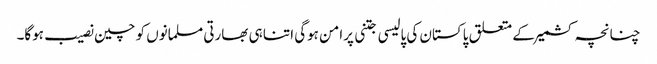
چنانچہ کشمیرکے متعلق پاکستان کی پالیسی جتنی پرامن ہوگی اتنا ہی بھارتی مسلمانوں کو چین نصیب ہوگا۔